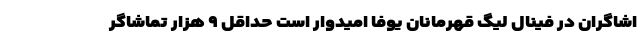
اشاگران در فینال لیگ قهرمانان یوفا امیدوار است حداقل ۹ هزار تماشاگر